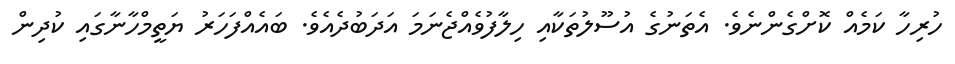
ހުރިހާ ކަމެއް ކޮށްގެންނެވެ. އެތަނުގެ އުސޫލުތަކާއި ހިލާފުވެއްޖެނަމަ އަދަބުދެއެވެ. ބައެއްފަހަރު ޔަތީމްހާނާގައި ކުދިން